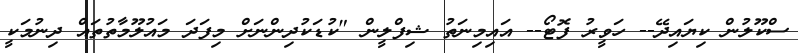
ސްކޫލުން ކިޔައިދޭ-- ހަވީރު ފޮޓޯ-- އައިމިނަތު ޝިފްލީން "ކުޑަކުދިންނަށް މިފަދަ މައުލޫމާތުތައް ދިނުމަކީ